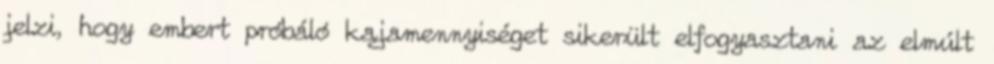
jelzi, hogy embert próbáló kajamennyiséget sikerült elfogyasztani az elmúlt